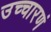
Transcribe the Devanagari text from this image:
उच्चारणं